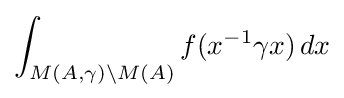
\displaystyle \int _{M(A,\gamma )\backslash M(A)}f(x^{-1}\gamma x)\,dx